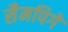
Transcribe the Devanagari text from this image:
सैमपिगे